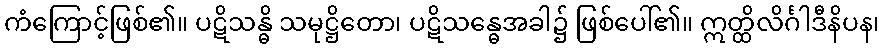
ကံကြောင့်ဖြစ်၏။ ပဋိသန္ဓိ သမုဋ္ဌိတော၊ ပဋိသန္ဓေအခါ၌ ဖြစ်ပေါ်၏။ ဣတ္ထိလိင်္ဂါဒီနိပန၊